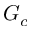
G _ { c }